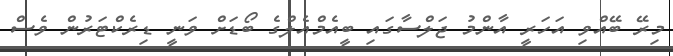
މިރޭ ބޭއްވި އަހަރީ އާންމު ޖަލްސާގައި ބީއެމްއެލްގެ ބޯޑަށް ވަނީ ޑިރެކްޓަރުން ވެސް